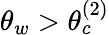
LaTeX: \theta_{w}>\theta_{c}^{(2)}